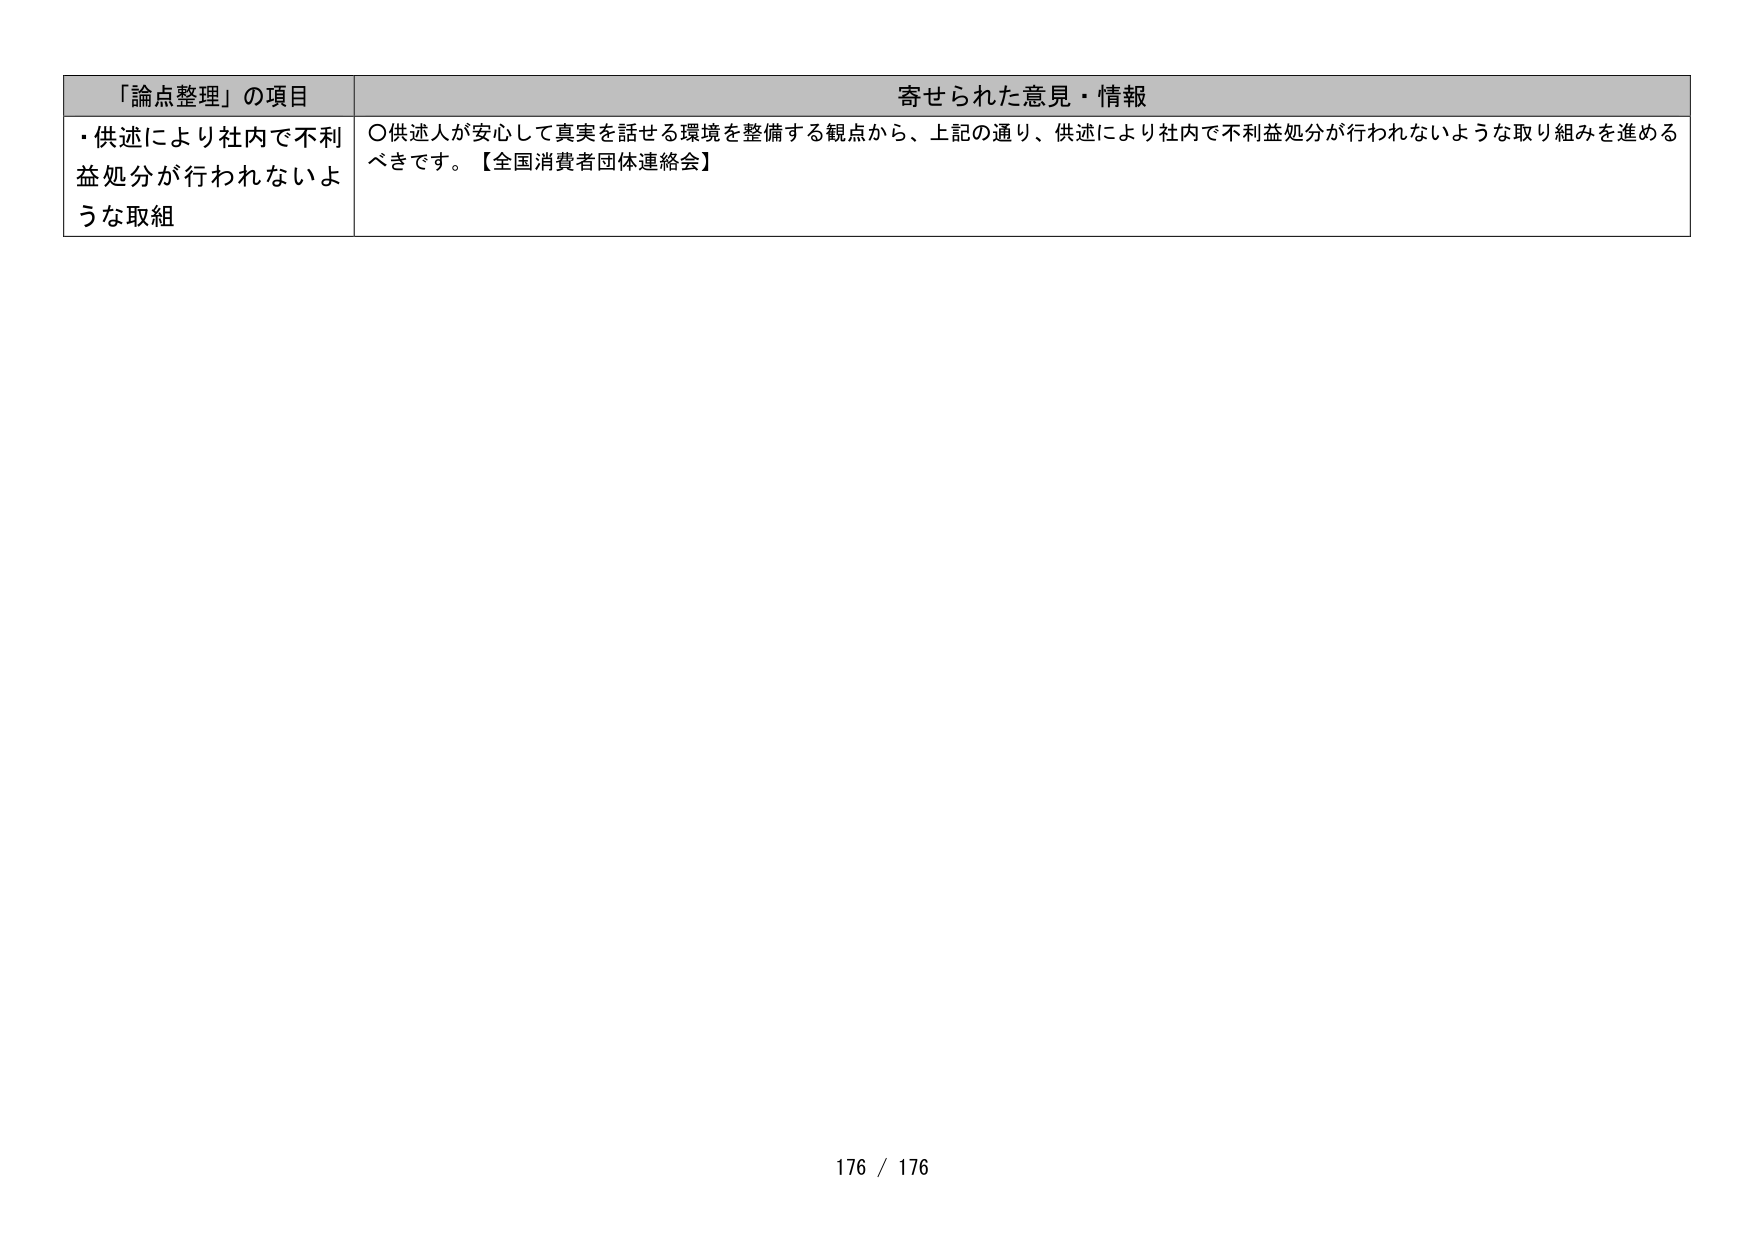
「論点整理」の項目　　寄せられた意見・情報
・供述により社内で不利益処分が行われないような取組
〇供述人が安心して真実を話せる環境を整備する観点から、上記の通り、供述により社内で不利益処分が行われないような取り組みを進めるべきです。【全国消費者団体連絡会】
176 / 176